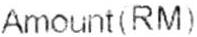
AMOUNT(RM)